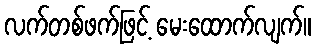
လက်တစ်ဖက်ဖြင့် မေးထောက်လျက်။